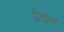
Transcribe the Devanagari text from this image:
प्रिझम